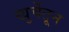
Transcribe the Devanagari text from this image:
खुर्चेतून